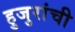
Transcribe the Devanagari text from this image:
हुजुरांची